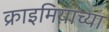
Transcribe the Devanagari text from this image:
क्राइमियाच्या